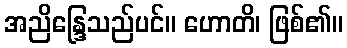
အညိန္ဒြေသည်ပင်။ ဟောတိ၊ ဖြစ်၏။